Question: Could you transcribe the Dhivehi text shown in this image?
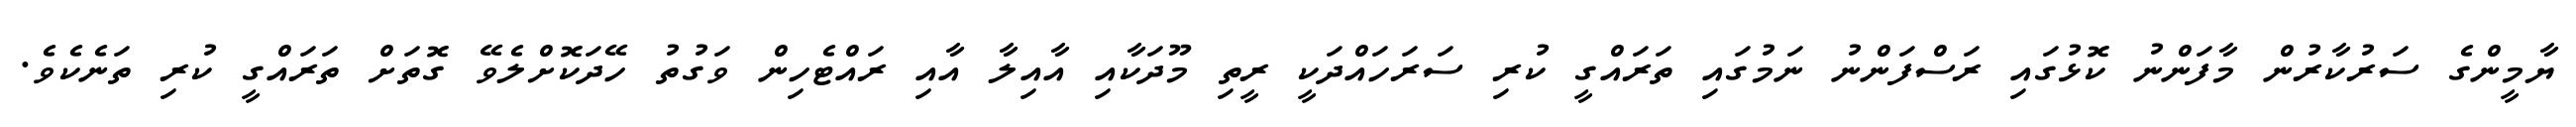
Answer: ޔާމީންގެ ސަރުކާރުން މާފަންނު ކޮޅުގައި ރަސްފަންނު ނަމުގައި ތަރައްގީ ކުރި ސަރަހައްދަކީ ރީތި މޫދަކާއި އާއިލާ އާއި ރައްޓެހިން ވަގުތު ހޭދަކޮށްލެވޭ ގޮތަށް ތަރައްގީ ކުރި ތަނެކެވެ.